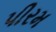
પીરમ